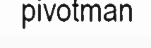
pivotman